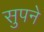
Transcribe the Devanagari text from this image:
सुपने